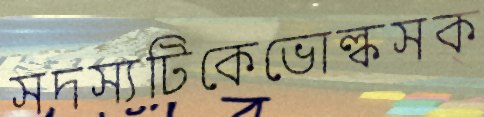
সদস্যটিকেভোল্কসক্